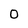
Character: 0